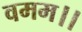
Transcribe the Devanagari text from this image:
वमम।।